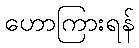
ဟောကြားရန်